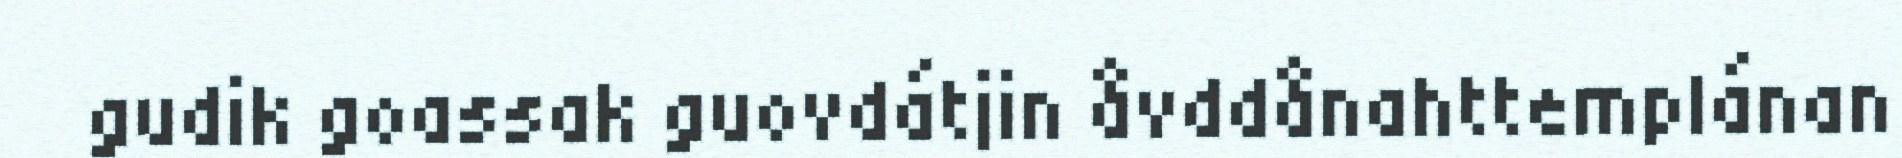
gudik goassak guovdátjin åvddånahttemplánan